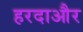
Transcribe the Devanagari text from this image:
हरदाऔर